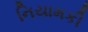
નિયામકી